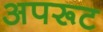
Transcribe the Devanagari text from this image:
अपरूट